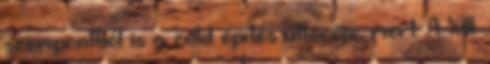
szempontból is a zöld építés úttörője, mert: A XIII.